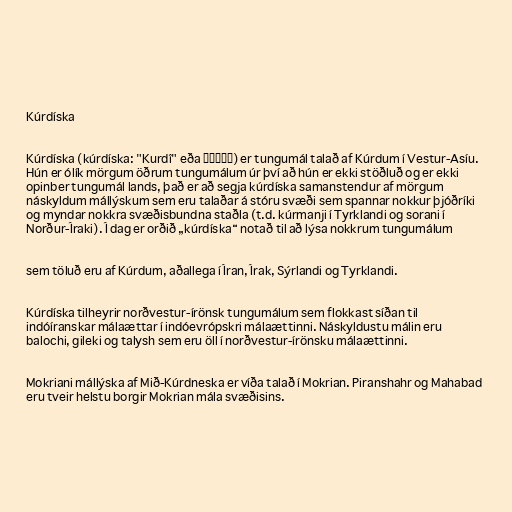
Kúrdíska

Kúrdíska (kúrdíska: "Kurdî" eða كوردی) er tungumál talað af Kúrdum í Vestur-Asíu.
Hún er ólík mörgum öðrum tungumálum úr því að hún er ekki stöðluð og er ekki
opinber tungumál lands, það er að segja kúrdíska samanstendur af mörgum
náskyldum mállýskum sem eru talaðar á stóru svæði sem spannar nokkur þjóðríki
og myndar nokkra svæðisbundna staðla (t.d. kúrmanji í Tyrklandi og sorani í
Norður-Íraki). Í dag er orðið „kúrdíska“ notað til að lýsa nokkrum tungumálum

sem töluð eru af Kúrdum, aðallega í Íran, Írak, Sýrlandi og Tyrklandi.

Kúrdíska tilheyrir norðvestur-írönsk tungumálum sem flokkast síðan til
indóíranskar málaættar í indóevrópskri málaættinni. Náskyldustu málin eru
balochi, gileki og talysh sem eru öll í norðvestur-írönsku málaættinni.

Mokriani mállýska af Mið-Kúrdneska er víða talað í Mokrian. Piranshahr og Mahabad
eru tveir helstu borgir Mokrian mála svæðisins.